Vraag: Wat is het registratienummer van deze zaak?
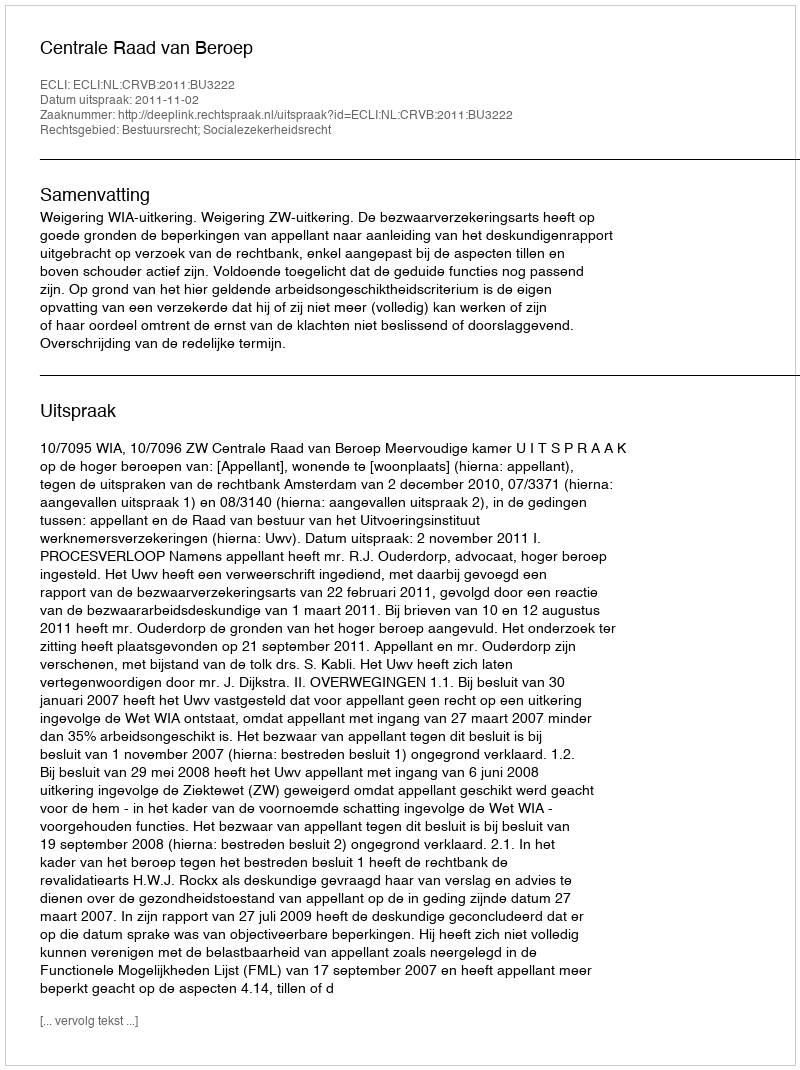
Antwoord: http://deeplink.rechtspraak.nl/uitspraak?id=ECLI:NL:CRVB:2011:BU3222